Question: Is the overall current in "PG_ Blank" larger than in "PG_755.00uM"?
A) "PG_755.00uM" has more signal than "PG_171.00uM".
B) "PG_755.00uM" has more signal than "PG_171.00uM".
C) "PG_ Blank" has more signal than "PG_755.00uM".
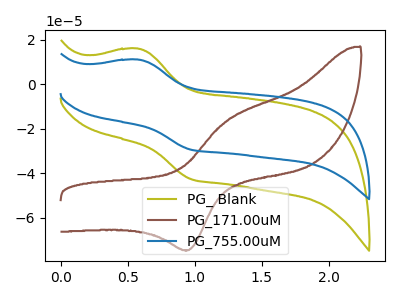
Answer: <think>The olive curve "PG_ Blank" has an anodic peak at (0.60V, 15.90uA) and a cathodic peak at (0.95V, -42.60uA). The brown curve "PG_171.00uM" has an anodic peak at (1.25V, -16.40uA) and a cathodic peak at (0.95V, -74.55uA). The blue curve "PG_755.00uM" has an anodic peak at (0.60V, 11.00uA) and a cathodic peak at (0.95V, -29.40uA).
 All the peaks in "PG_ Blank" have a peak in "PG_755.00uM" at the same potential. Every peak in "PG_ Blank" is higher than every peak in "PG_755.00uM".</think>
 <answer>C) "PG_ Blank" has more signal than "PG_755.00uM".</answer>
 <eval>C</eval>